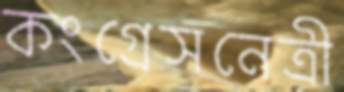
কংগ্রেসনেত্রী